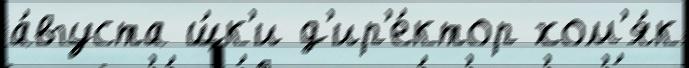
а́вгуста щ́к'и д'ир'е́ктор хом'я́к